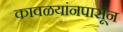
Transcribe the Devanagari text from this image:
कावळयांनपासून